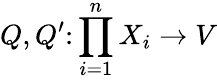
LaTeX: Q,Q^{\prime}\colon\prod_{i=1}^{n}X_{i}\to V